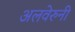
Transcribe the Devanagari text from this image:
अलवेरुनी